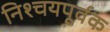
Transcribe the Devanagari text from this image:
निश्‍चयपूर्वक